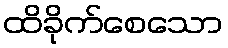
ထိခိုက်စေသော